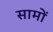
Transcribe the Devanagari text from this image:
सामों